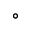
{ ^ \circ }